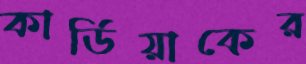
কার্ডিয়াকের